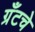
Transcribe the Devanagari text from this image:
ग्रँटचे